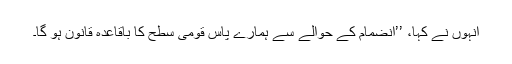
انہوں نے کہا، ’’انضمام کے حوالے سے ہمارے پاس قومی سطح کا باقاعدہ قانون ہو گا۔